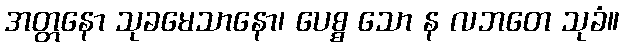
အတ္တနော သုခမေသာနော၊ ပေစ္စ သော န လဘတေ သုခံ။